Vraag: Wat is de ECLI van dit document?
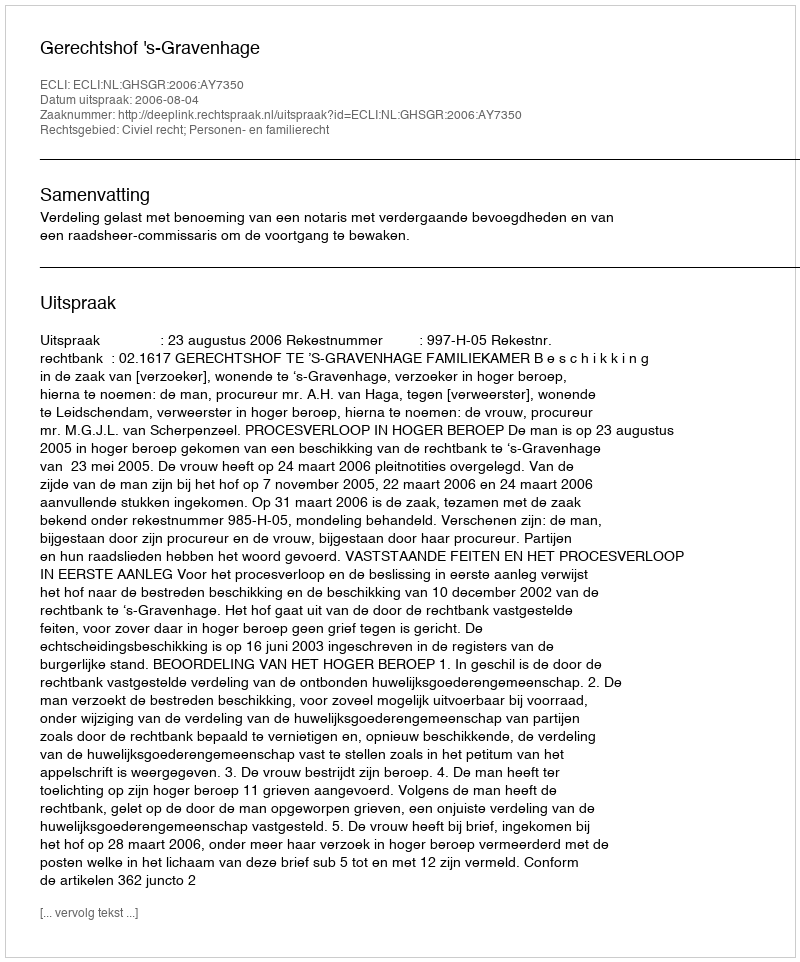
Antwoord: ECLI:NL:GHSGR:2006:AY7350